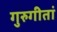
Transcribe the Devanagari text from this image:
गुरुगीतां